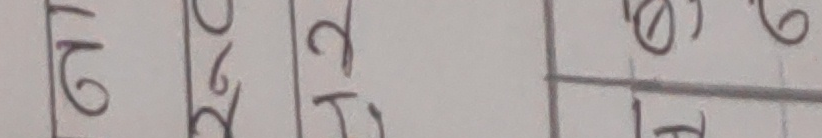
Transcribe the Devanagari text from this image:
१२३०७८९